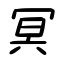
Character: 冥